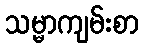
သမ္မာကျမ်းစာ